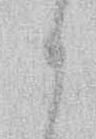
か